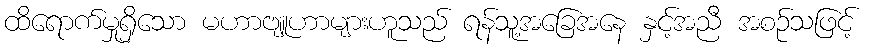
ထိရောက်မှုရှိသော မဟာဗျူဟာများဟူသည် ရန်သူ့အခြေအနေ နှင့်အညီ အစဉ်သဖြင့်